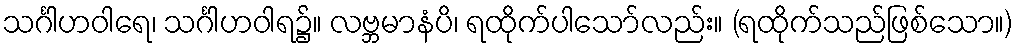
သင်္ဂါဟဝါရေ၊ သင်္ဂါဟဝါရ၌။ လဗ္ဘမာနံပိ၊ ရထိုက်ပါသော်လည်း။ (ရထိုက်သည်ဖြစ်သော။)